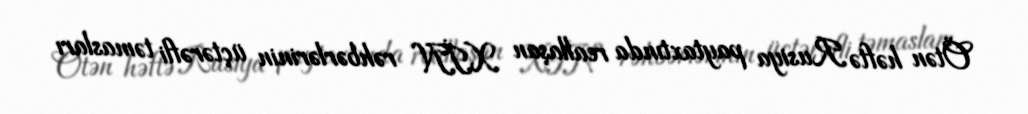
Ötən həftə Rusiya paytaxtında reallaşan XİN rəhbərlərinin üçtərəfli təmasları